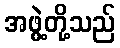
အဖွဲ့တို့သည်